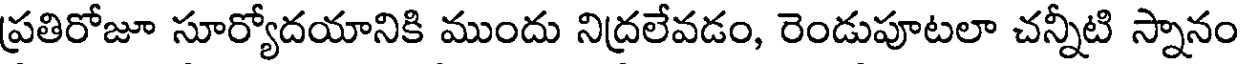
ప్రతిరోజూ సూర్యోదయానికి ముందు నిద్రలేవడం, రెండుపూటలా చన్నీటి స్నానం